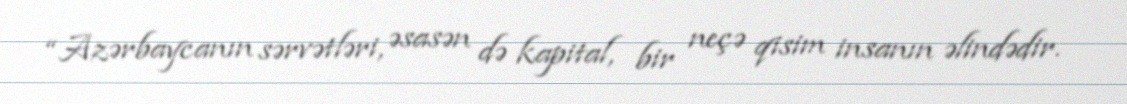
“Azərbaycanın sərvətləri, əsasən də kapital, bir neçə qisim insanın əlindədir.